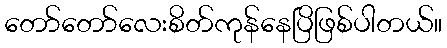
တော်တော်လေးစိတ်ကုန်နေပြိဖြစ်ပါတယ်။